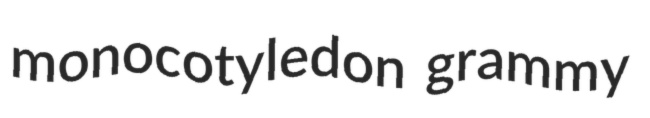
monocotyledon grammy